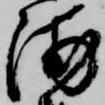
浦